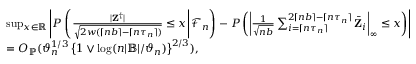
\begin{array} { r l } & { \operatorname* { s u p } _ { x \in \mathbb { R } } \left| P \left( \left. \frac { | \mathbf Z ^ { \dagger } | } { \sqrt { 2 w ( \lceil n b \rceil - \lceil n \tau _ { n } \rceil ) } } \leq x \right| \mathcal { F } _ { n } \right) - P \left( \left| \frac { 1 } { \sqrt { n b } } \sum _ { i = \lceil n \tau _ { n } \rceil } ^ { 2 \lceil n b \rceil - \lceil n \tau _ { n } \rceil } \bar { \mathbf Z } _ { i } \right| _ { \infty } \leq x \right) \right| } \\ & { = O _ { \mathbb { P } } ( \vartheta _ { n } ^ { 1 / 3 } \left\{ 1 \vee \log ( n | \mathbb { B } | / \vartheta _ { n } ) \right\} ^ { 2 / 3 } ) , } \end{array}